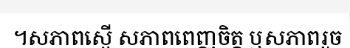
។សភាពស្មើ សភាពពេញចិត្ត ឬសភាពរួច